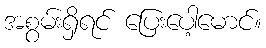
အစွမ်းရှိရင် ပြေးပေါ့မောင်။